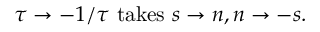
\tau \rightarrow - 1 / \tau \mathrm { ~ t a k e s ~ } s \rightarrow n , n \rightarrow - s .